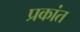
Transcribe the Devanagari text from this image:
प्रकांत